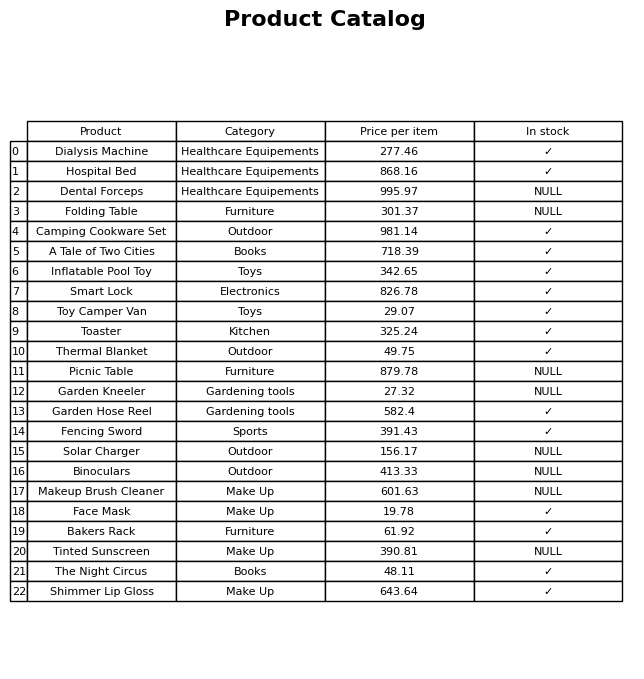
question: What is the price for Fencing Sword?
answer: The price of Fencing Sword is 391.43.